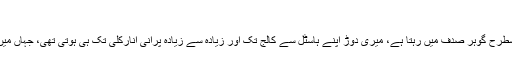
صریرِ خامۂ وارث: فیضان
لاہور میں، میں قریب قریب اڑھائی سال رہا لیکن بالکل اسی طرح جسطرح گوہر صدف میں رہتا ہے، میری دوڑ اپنے ہاسٹل سے کالج تک اور زیادہ سے زیادہ پرانی انارکلی تک ہی ہوتی تھی، جہاں میں مہینے میں دو تین بار لازمی طور پر کتابیں خریدنے جایا کرتا تھا۔